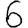
Digit: 6